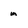
Character: m